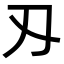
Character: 刄